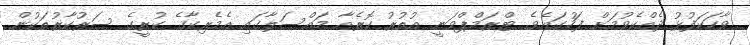
ވާހަކަފުޅު ދެއްކެވުމަށް ފަހުގައެވެ. ޓްރަމްޕްވަނީ އުތުރު ކޮރެއާ މައްސަލާގައި އެމެރިކާގެ ކުރީގެ ސަރުކާރުތަކުން